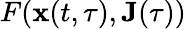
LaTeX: F(\mathbf{x}(t,\tau),\mathbf{J}(\tau))